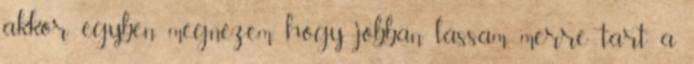
akkor egyben megnézem, hogy jobban lássam merre tart a